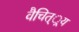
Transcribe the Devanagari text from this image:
वैचित््रय